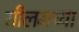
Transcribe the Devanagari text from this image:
सीलमच्या